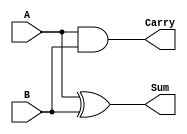
module half_adder (
    input wire A,      // First input bit
    input wire B,      // Second input bit
    output wire Sum,   // Output representing the sum
    output wire Carry  // Output representing the carry
);

// Assign the Sum and Carry outputs using combinational logic
assign Sum = A ^ B;    // Sum is the XOR of A and B
assign Carry = A & B;  // Carry is the AND of A and B

endmodule